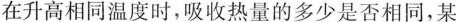
在升高相同温度时，吸收热量的多少是否相同，某